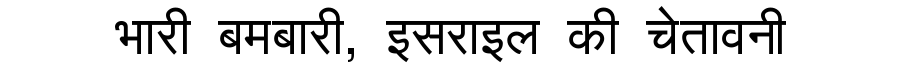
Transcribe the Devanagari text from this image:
भारी बमबारी, इसराइल की चेतावनी